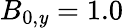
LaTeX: B_{0,\mathit{y}}=1.0